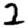
Digit: 2